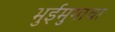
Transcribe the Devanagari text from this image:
भुईमुगाचा